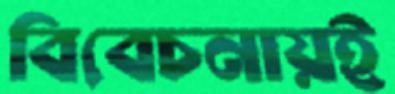
বিবেচনায়ই